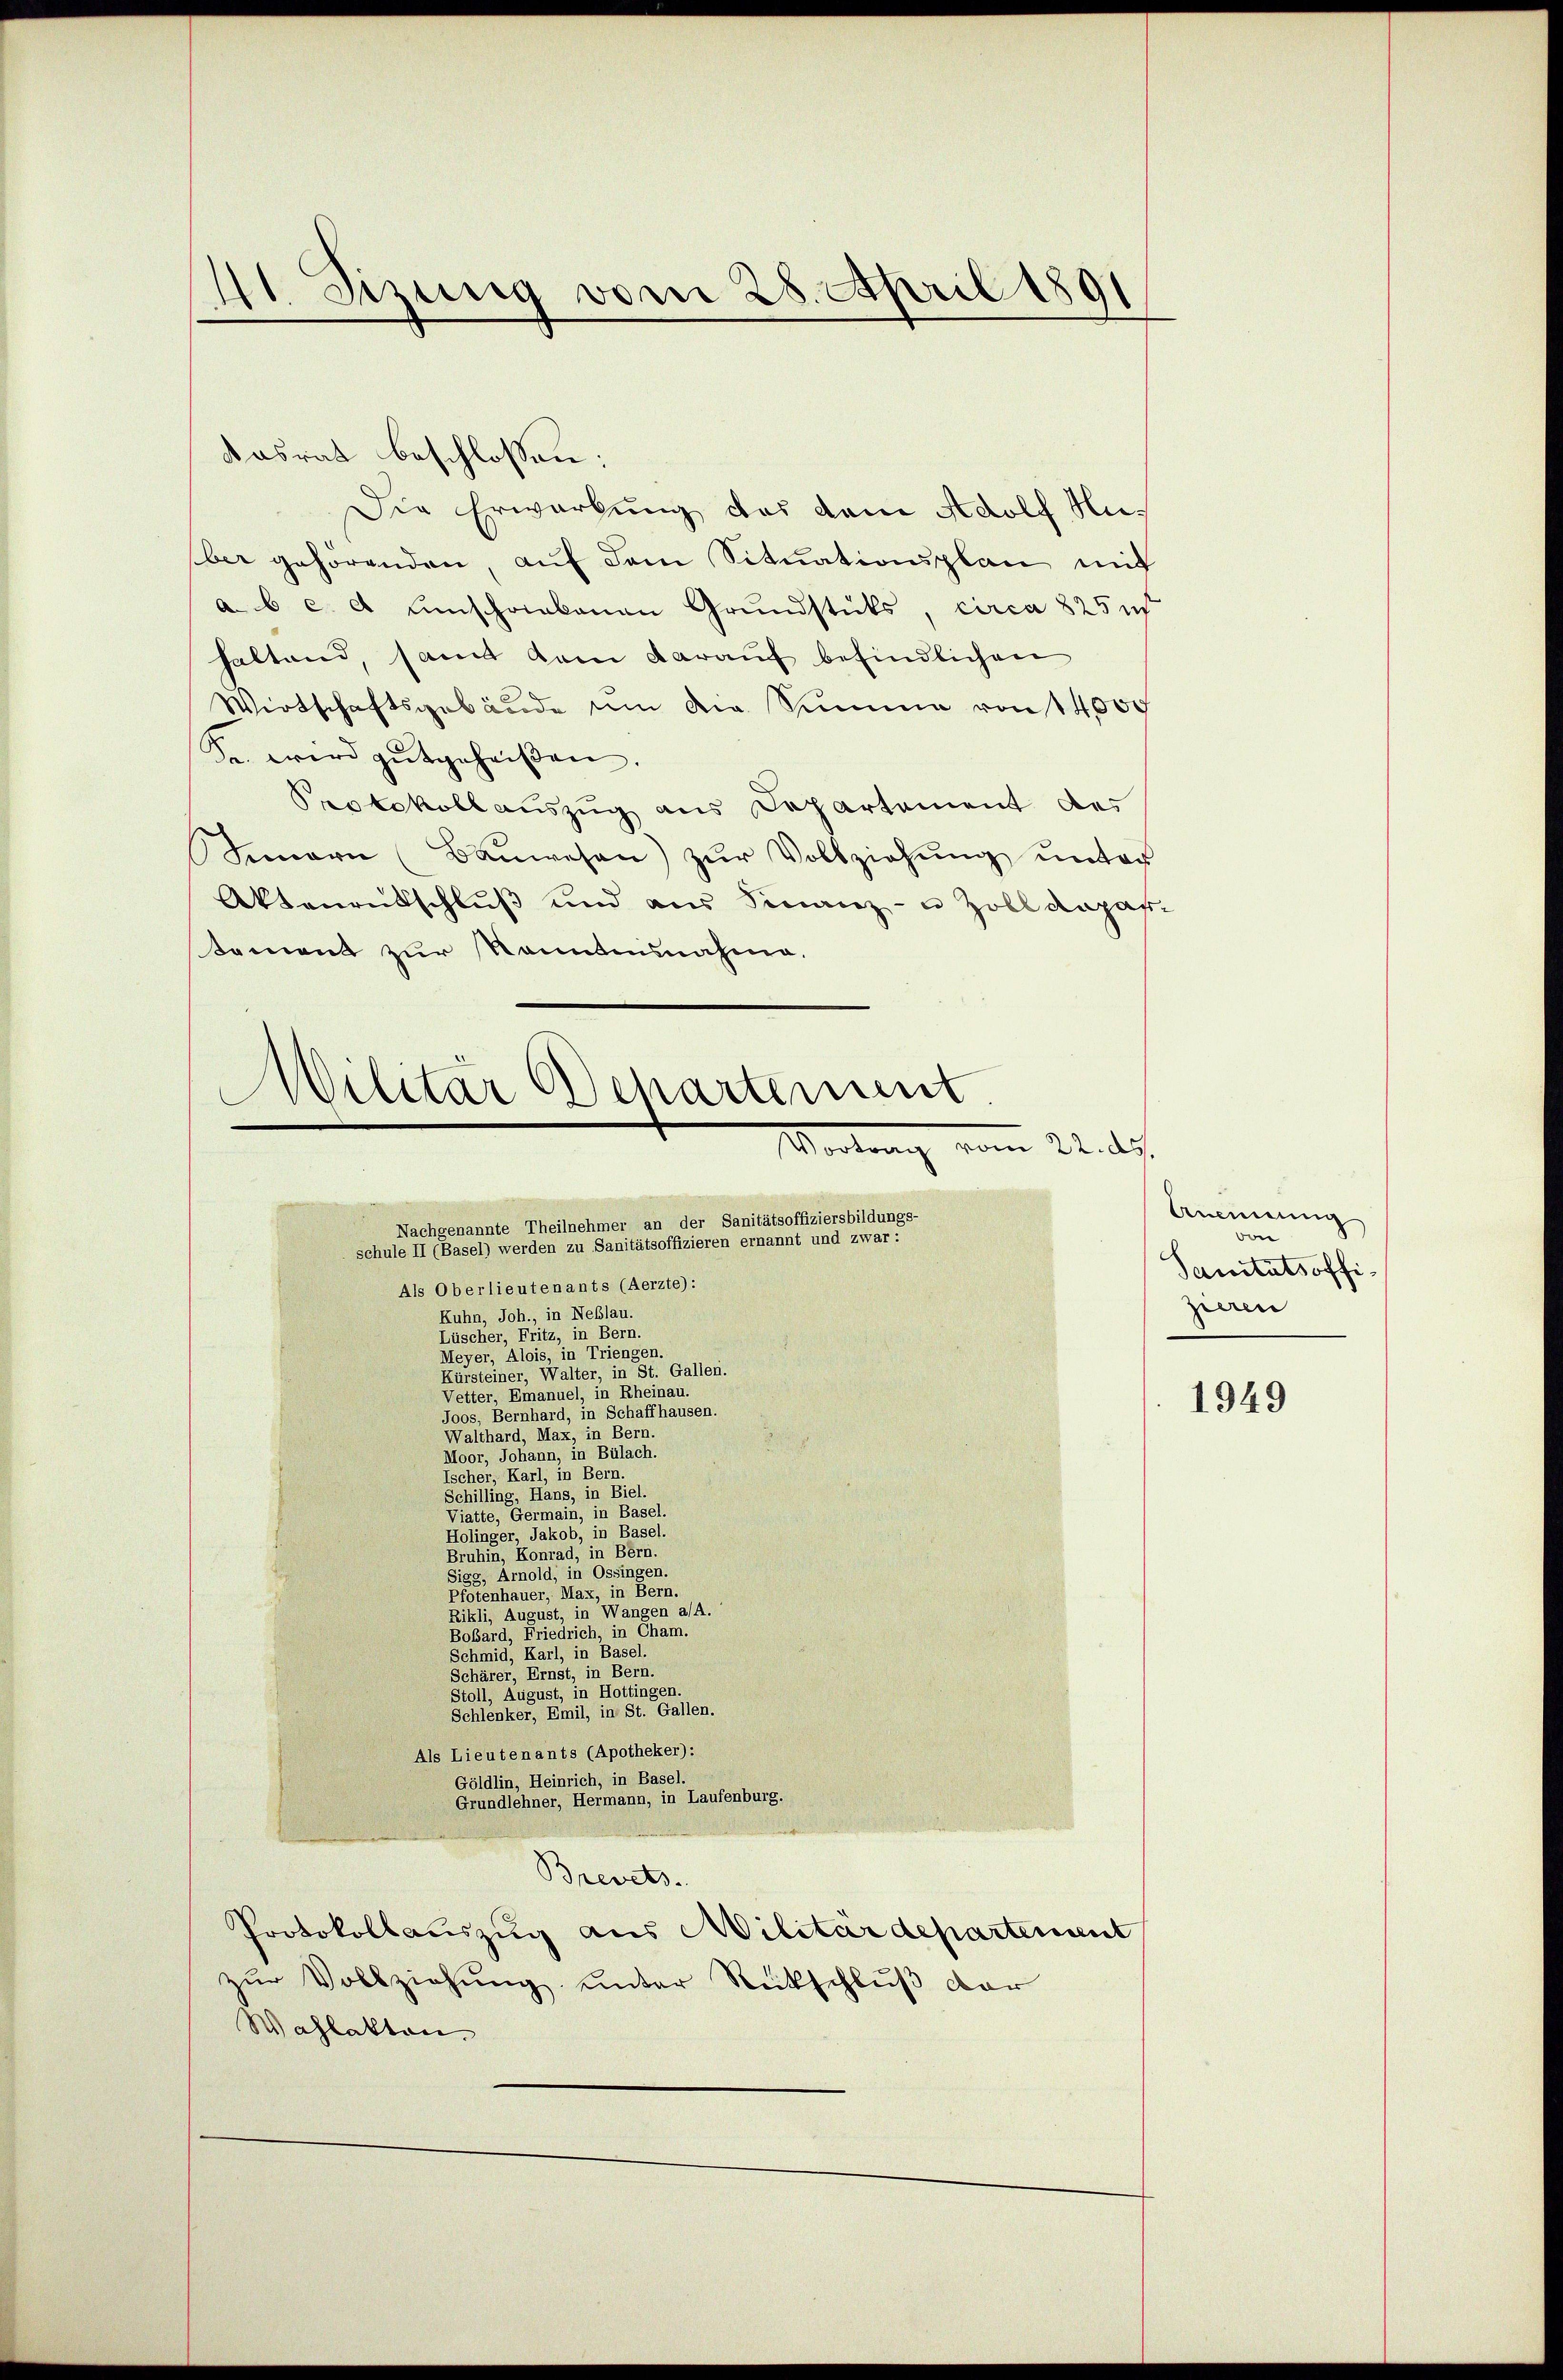
Sirung vom 28. April 1891

Kasrat beschlossen:
Die Erwarkung das dem Adolf Niber gehörenden, auf dem Situationsplan mit
a. b. c. et umschriebenen Grundstücks, circa 825 u
haltend, samt kam daraŭf befindlichen
Wirtschaftsgebäŭde ŭm die Summe von 14000
Fr. wird gutgeheissen.
Protokollauszug aus Departement des
Fennern (Baŭwesen) zŭr Vollziehŭng ŭnter
Aktenrutschluß und aus Finanz- u Zolldepar-
koment zur konntensnahme.

Militär Departement
Vortrag vom 22. ds.
Nachgenannte Theilnehmer an der Sanitätsoffiziersbildungs-
schule II (Basel) werden zu Sanitätsoffizieren ernannt und zwar:

Walthard, Max, in Bern.
Moor, Johann, in Bülach.
Ischer, Karl, in Bern.
Schilling, Hans, in Biel.
Viatte, Germain, in Basel.
Holinger, Jakob, in Basel.
Bruhin, Konrad, in Bern.
Sigg, Arnold, in Ossingen.
Pfotenhauer, Max, in Bern.
Rikli, August, in Wangen a/A.
Bobard, Friedrich, in Cham.
Schmid, Karl, in Basel.
Schärer, Ernst, in Bern.
Stoll, August, in Hottingen.
Schlenker, Emil, in St. Gallen.
Als Lieutenants (Apotheker):
Göldlin, Heinrich, in Basel.
Grundlehner, Hermann, in Laufenburg.
Brevets.
Protokollauszug aus Militärdepartement
zŭr Vollziehŭng ŭnter Rückschlŭβ der
Wahlakten.

Als Oberlieutenants (Aerzte):
Kuhn, Joh., in Neßlau.
Lüscher, Fritz, in Bern.
Meyer, Alois, in Triengen.
Kürsteiner, Walter, in St. Gallen.
Vetter, Emanuel, in Rheinau.
Joos, Bernhard, in Schaffhausen.

Anung
von
Sanitätsoffizieren

1949